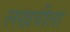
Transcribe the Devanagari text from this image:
लखवीला